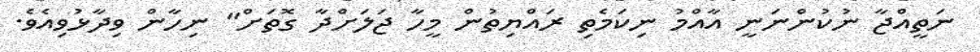
ނަތީއްޖާ ނުކުންނަނީ އާއްމު ނިކަމެތި ރައްޔިތުން މީހާ ޖަލަށްދާ ގޮތަށް" ނިހާން ވިދާޅުވިއެވެ.